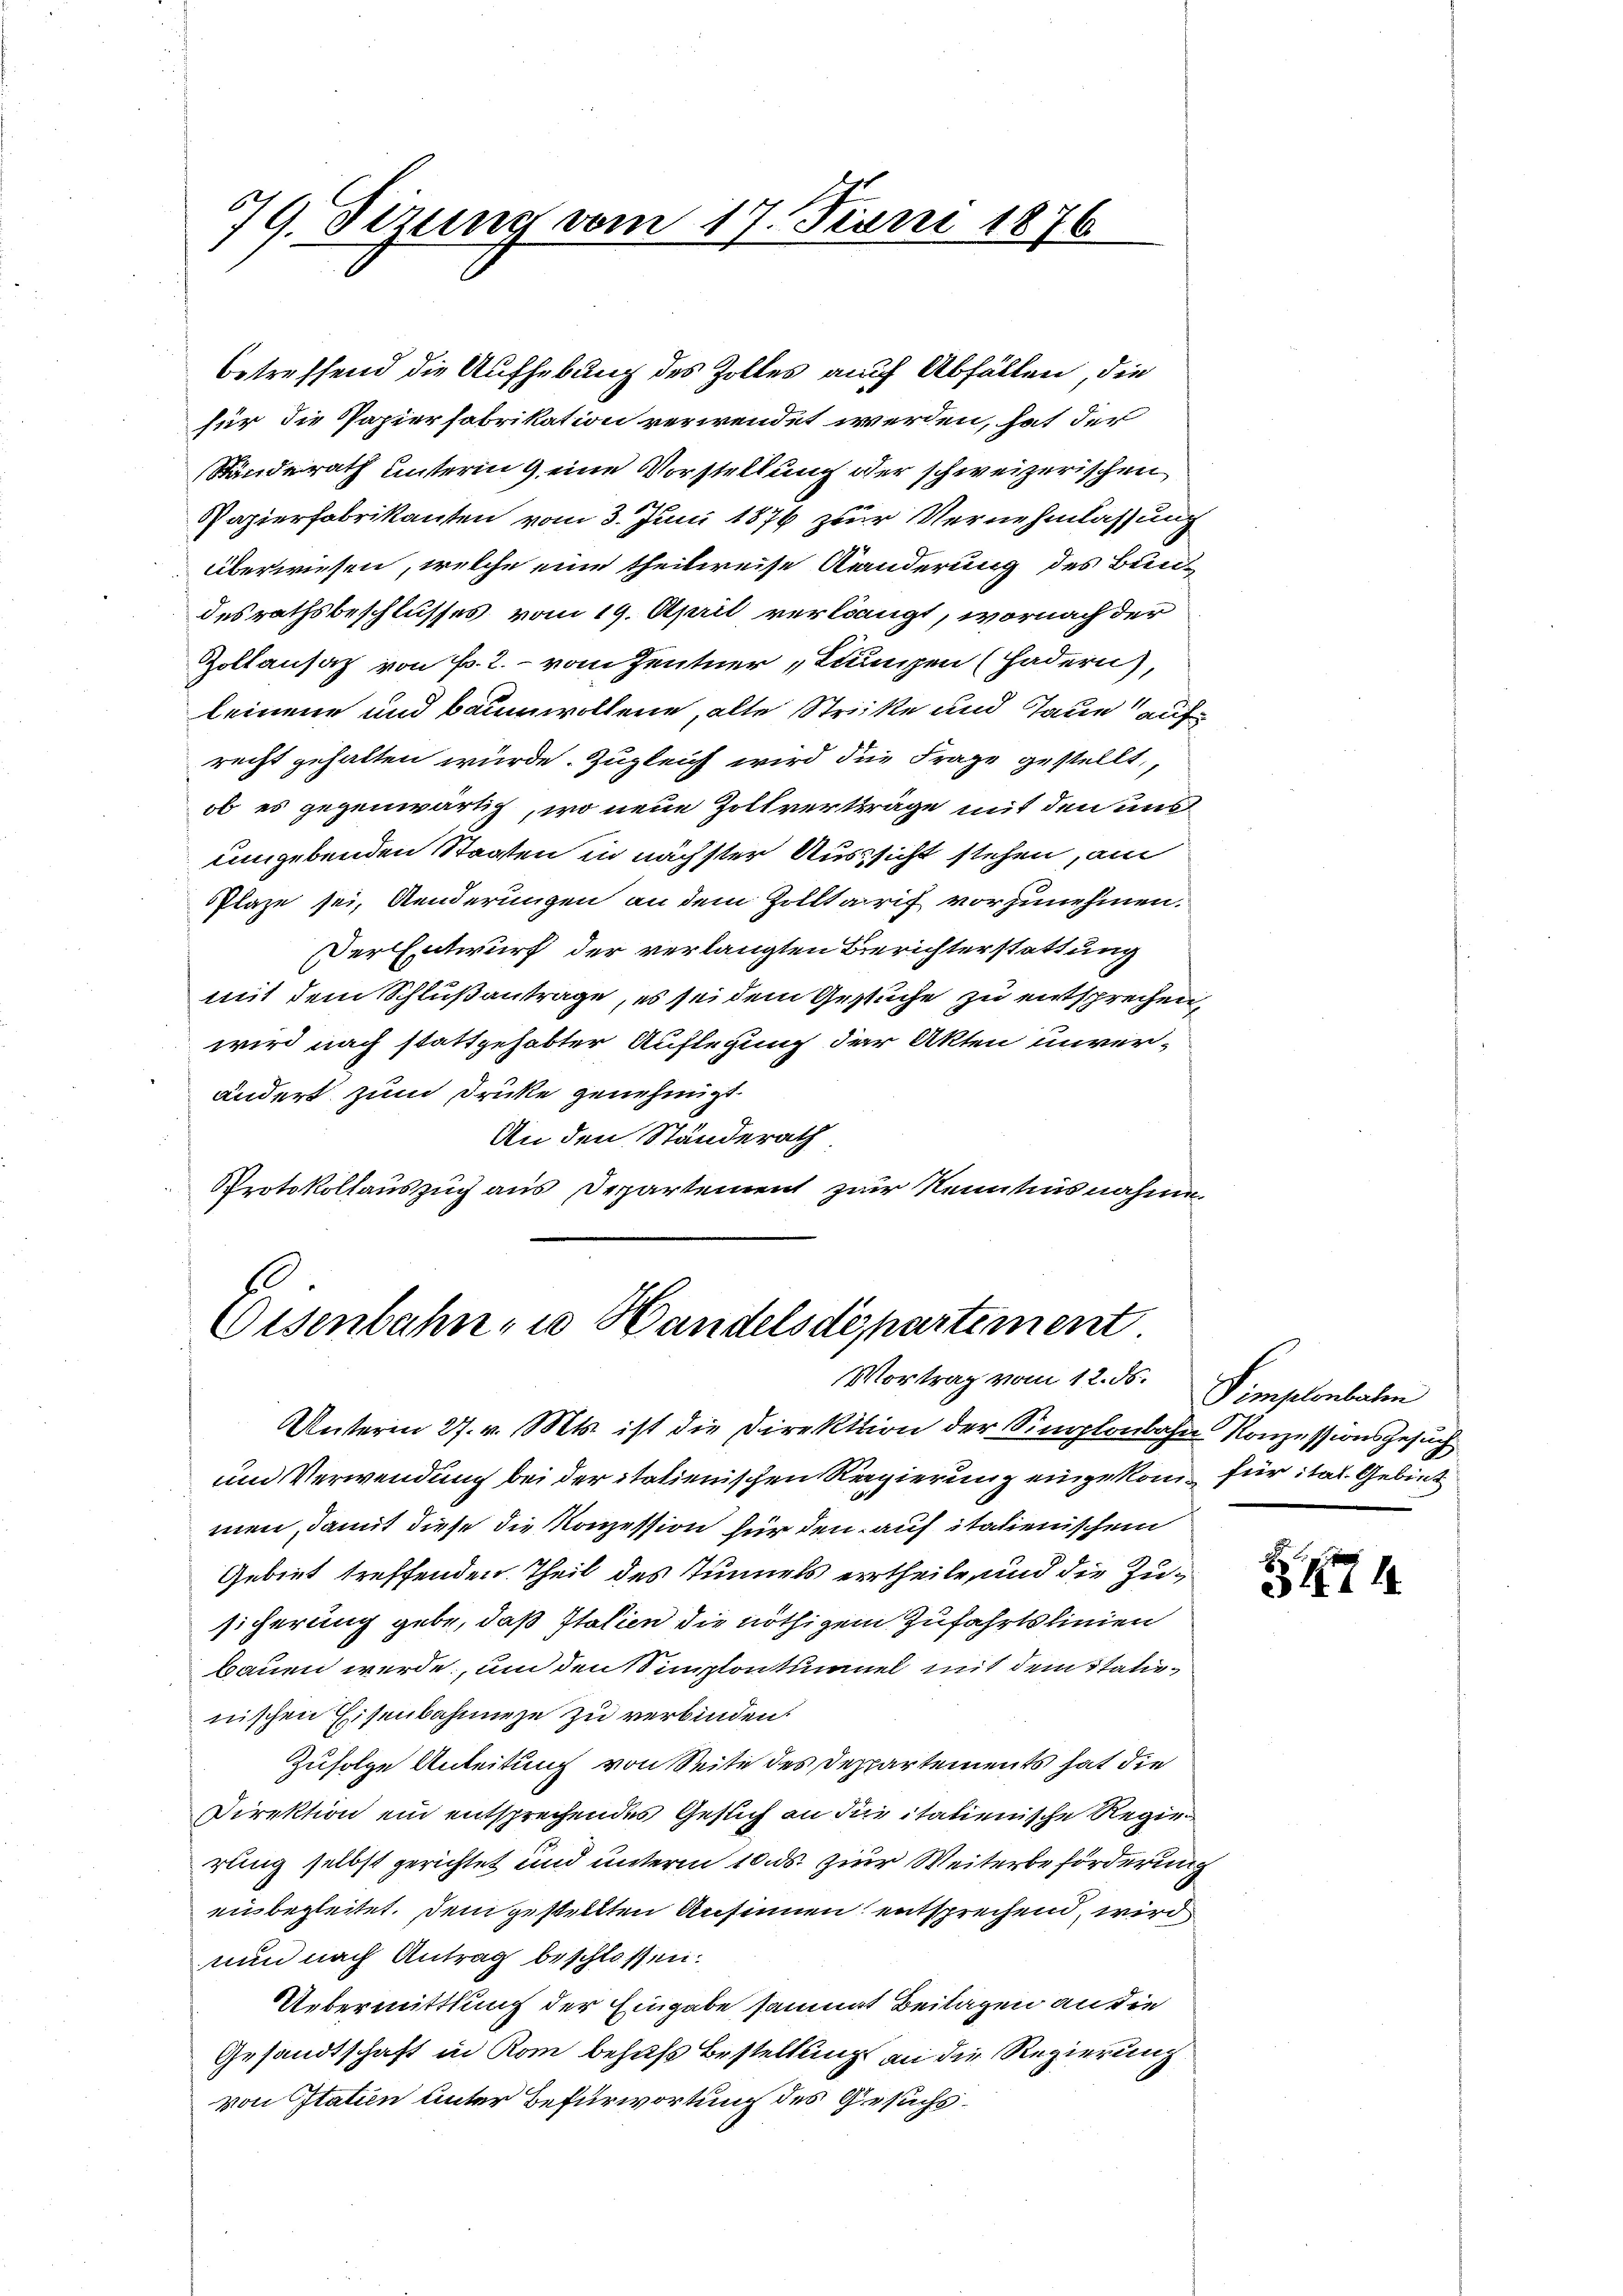
79. Sizung vom 17. Juni 1876

für die Papierfabrikation verwendet werden, hat der
Ständerath unterm 9 eine Vorstellung der schweizerischen
Papierfabrikanten vom 3. Juni 1876 zur Vernehmlassung
überwiesen, welche eine theilweise Kanderung des Bun-
desrathsbeschlusses vom 19. April verlangt, wornach der
Zoltansaz von Fr. 2.- vom Zentner „Luungen (Hadern),
leinene und Baumwollene, alte Stritte und Taue auf
recht gehalten würde. Zugleich wird die Frage gestellt,
ob es gegenwärtig, wo neue Zollverträge mit den uns
umgebenden Staaten in nächster Aussicht stehen, am
PPlaze sei, Aenderungen an dem Zolltarif vorzunehmen.
er Entwurf der verlangten Berichterstattung
mit dem Schlußantrage, es sei dem Gestuche zu entsprechen,
wird nach stattgehabter Auflegung der Akten unver-
ändert zum Drücke genehmigt.
An den Ständerath
Protokollauszug aus Departement zur Kenntnisnahme.

betreffend die Aufhebung des Zolles auch Abfällen, die

Eisenbahn, in Handelsdepartement.
Vortrag vom 12. ds. Simplonbaten

Unterm 27. v. Mts. ist die Direktion der Simplonbahn Konzessionsgesuch
und Verwendung bei der italienischen Regierung eingekom- für: tal. Gebiet
men, damit diese die Konzession für den auf italienischem
Gebiet treffenden Theil des Tunnels ertheile, und die Zusicherung gebe, daß Italien die nöthigem Zufahrtslinien
bauen werde, um den Simplontinuel mit dem Statinischen Eisenbahnunge zu verbinden.
Zufolge Anleitung von Seite des Departements hat die
Direktion ein entsprechendes Gesuch an die italienische Regierung selbst gerichtet und unterm 10. ds. zur Weiterbeförderung
eubegleitet. Dem gestellten Ansinnen entsprechend, wird
nun nach Antrag beschlossen:
Uebermittlung der Eingabe sammt Beilagen an die
Gesandtschaft in Rom behufs Bestellung an die Regierung
von Italien unter Befürwortung des Gesuchs¬

474